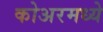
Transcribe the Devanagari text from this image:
कोअरमध्ये